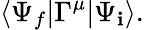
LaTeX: \langle\Psi_{f}|\Gamma^{\mu}|\Psi_{\mathbf{i}}\rangle.